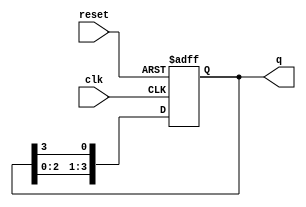
`timescale 1ns / 1ps
//////////////////////////////////////////////////////////////////////////////////
// Company: 
// Engineer: 
// 
// Design Name: 
// Module Name: ring_counter
// Project Name: 
// Target Devices: 
// Tool Versions: 
// Description: 
// 
// Dependencies: 
// 
// Revision:
// Revision 0.01 - File Created
// Additional Comments:
// 
//////////////////////////////////////////////////////////////////////////////////


module ring_counter (
    input wire clk,   
    input wire reset, 
    output reg [3:0] q 
);

always @(posedge clk or posedge reset) begin
    if (reset) begin
        q <= 4'b0001; 
    end else begin
        q <= {q[2:0], q[3]}; 
    end
end

endmodule